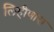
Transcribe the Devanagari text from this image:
लिहीणारा